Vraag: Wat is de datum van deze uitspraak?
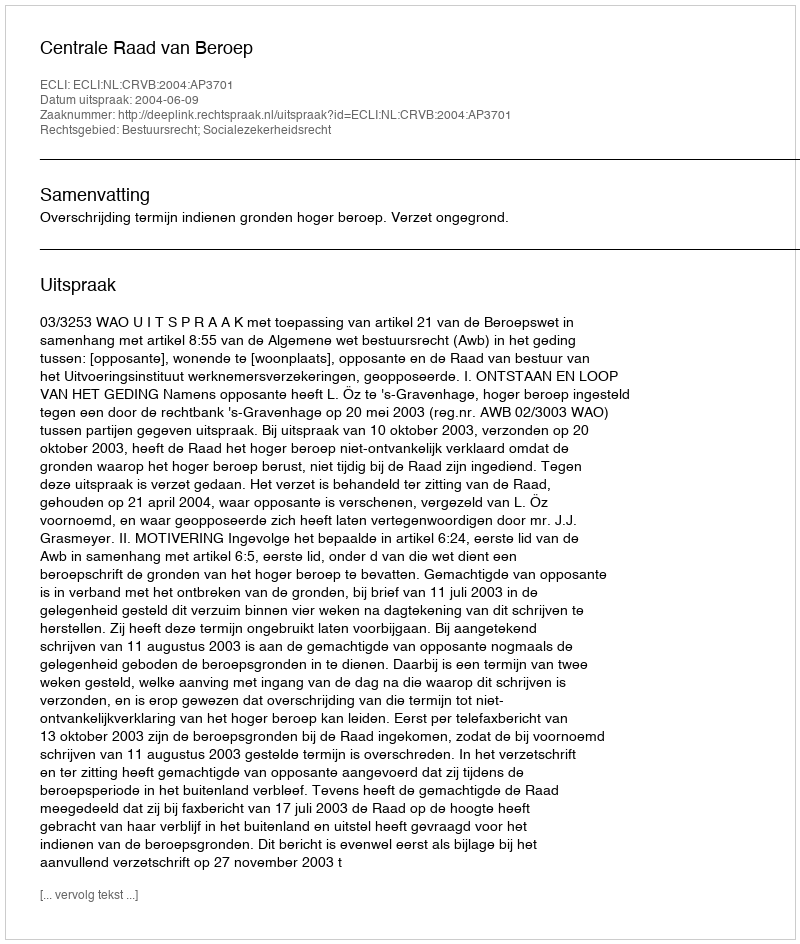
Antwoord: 2004-06-09